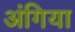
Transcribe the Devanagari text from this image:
अंगिया